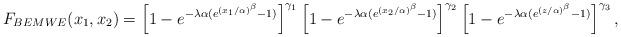
LaTeX: \begin{align*}F_{BEMWE}(x_{1},x_{2})=\left[ 1-e^{-\lambda \alpha (e^{(x_{1}/\alpha)^{\beta }}-1)}\right] ^{\gamma _{1}}\left[ 1-e^{-\lambda \alpha(e^{(x_{2}/\alpha )^{\beta }}-1)}\right] ^{\gamma _{2}}\left[ 1-e^{-\lambda\alpha (e^{(z/\alpha )^{\beta }}-1)}\right] ^{\gamma _{3}}, \end{align*}